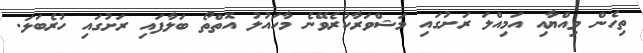
ތިހެން ވިއްޔާއި އަމިއްލަ ރަށުގައި މަޝްވަރާކުރެވޭނެ މާހައުލު އޮތްތޯ ބަލާފައި ރަށުގައި ހުރެބަލަ.